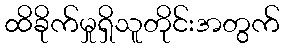
ထိခိုက်မှုရှိသူတိုင်းအတွက်